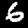
Digit: 6